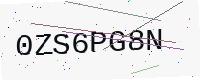
Text: 0ZS6PG8N